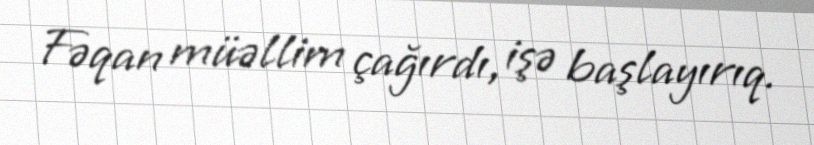
Fəqan müəllim çağırdı, işə başlayırıq.